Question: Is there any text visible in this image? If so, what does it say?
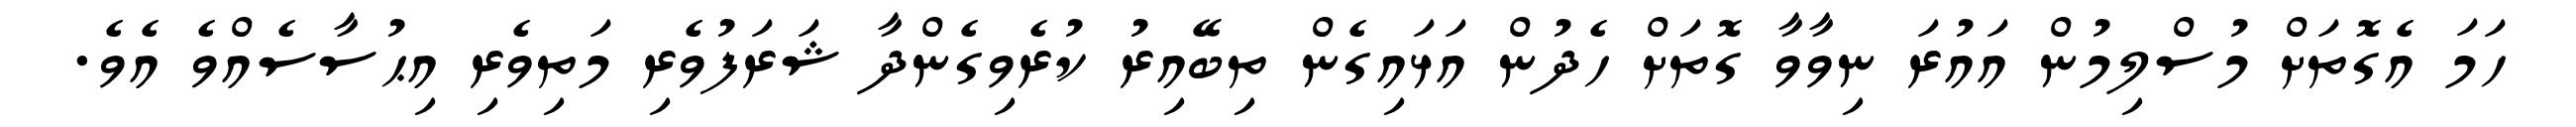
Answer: ހަމަ އެގޮތަށް މުސްލިމުން އައުރަ ނިވާވާ ގޮތަށް ހެދުން އަޅައިގެން ތިބޭއިރު ކުރެވިގެންދާ ޝަރަފުވެރި މަތިވެރި އިޙުސާސެއްވެ އެވެ.